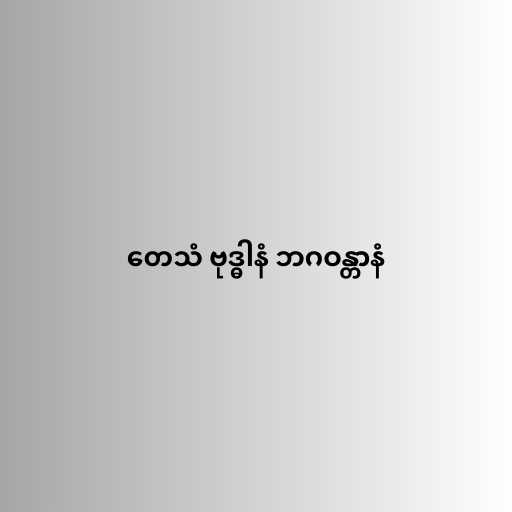
တေသံ ဗုဒ္ဓါနံ ဘဂဝန္တာနံ